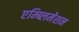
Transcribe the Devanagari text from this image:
एम्ब्लिमेशन